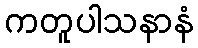
ကတူပါသနာနံ